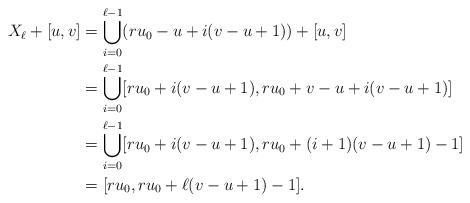
LaTeX: \begin{align*} X_{\ell} + [u,v] & = \bigcup_{i=0}^{\ell-1} (ru_0 - u +i(v-u+1)) + [u,v] \\& = \bigcup_{i=0}^{\ell-1} [ru_0+i(v-u+1) , ru_0 + v - u +i(v-u+1) ] \\& = \bigcup_{i=0}^{\ell-1} [ru_0+i(v-u+1) , ru_0+ (i+1)(v-u+1) - 1 ] \\& = [ ru_0 , ru_0+ \ell (v-u+1) -1].\end{align*}